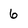
Character: 6